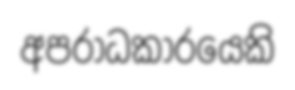
අපරාධකාරයෙකි